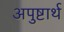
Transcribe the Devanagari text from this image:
अपुष्टार्थ